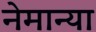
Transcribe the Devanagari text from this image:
नेमान्या